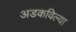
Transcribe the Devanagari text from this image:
अडकविल्या